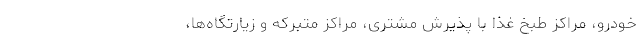
خودرو، مراکز طبخ غذا با پذیرش مشتری، مراکز مُتبرکه و زیارتگاه‌ها،